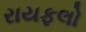
રાયફલો